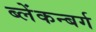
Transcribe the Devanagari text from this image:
ब्लेंकन्बर्ग